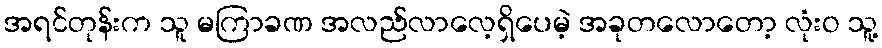
အရင်တုန်းက သူ မကြာခဏ အလည်လာလေ့ရှိပေမဲ့ အခုတလောတော့ လုံးဝ သူ့